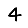
Digit: 4